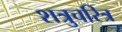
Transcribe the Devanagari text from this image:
शत्रुचरित्र